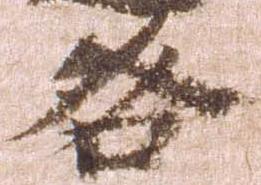
咎